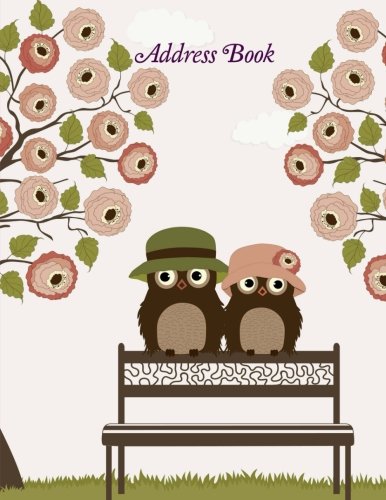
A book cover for Address Book (Beautiful and Simple Address Books ) (Volume 4); Creative Journals and Planners; Business & Money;